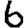
Digit: 6